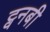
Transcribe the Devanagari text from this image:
ट्वनबी